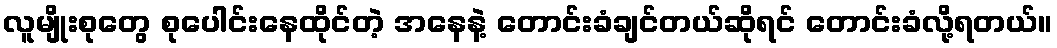
လူမျိုးစုတွေ စုပေါင်းနေထိုင်တဲ့ အနေနဲ့ တောင်းခံချင်တယ်ဆိုရင် တောင်းခံလို့ရတယ်။